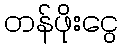
တန်ဖိုးငွေ